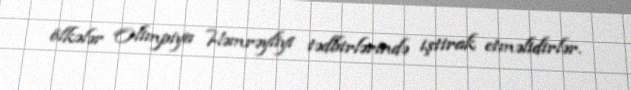
ölkələr Olimpiya Həmrəyliyi tədbirlərində iştirak etməlidirlər.